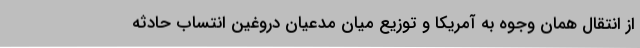
از انتقال همان وجوه به آمریکا و توزیع میان مدعیان دروغین انتساب حادثه